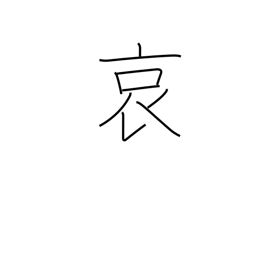
Meaning: pity